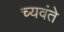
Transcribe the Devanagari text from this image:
च्यवंते